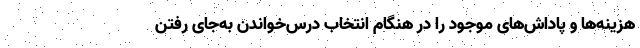
هزینه‌ها و پاداش‌های موجود را در هنگام انتخاب درس‌خواندن به‌جای رفتن